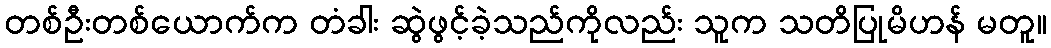
တစ်ဦးတစ်ယောက်က တံခါး ဆွဲဖွင့်ခဲ့သည်ကိုလည်း သူက သတိပြုမိဟန် မတူ။